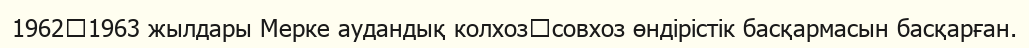
1962‑1963 жылдары Мерке аудандық колхоз‑совхоз өндірістік басқармасын басқарған.